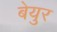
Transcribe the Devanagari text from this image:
बेयुर